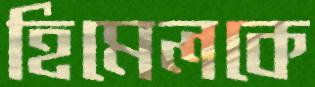
হিমেলকে